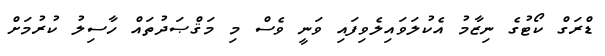
ޑްރަގް ކޯޓުގެ ނިޒާމު އެކުލަވައިލެވިފައި ވަނީ ވެސް މި މަޤްޞަދުތައް ހާސިލު ކުރުމަށް